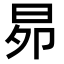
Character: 𭥦